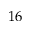
1 6